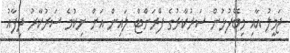
ޖަމީލު އާއި މިބޭފުޅުން ސަރުކާރުގެ ފްރަންޓް ލައިން އަށް ނިކުމެ ސަރުކާރު ދިފާއު